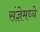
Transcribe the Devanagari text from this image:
संज्ञेमध्ये